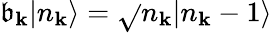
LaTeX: \mathfrak{b}_{\mathbf{{k}}}|n_{\mathbf{{k}}}\rangle={\sqrt{}{{n_{\mathbf{{k}}}}}}|n_{\mathbf{{k}}}-1\rangle